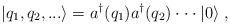
LaTeX: \begin{align*}|q_1,q_2,...\rangle = a^\dagger(q_1) a^\dagger(q_2) \cdot\cdot\cdot|0\rangle \;,\end{align*}